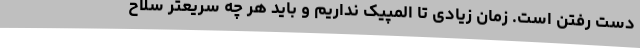
دست رفتن است. زمان زیادی تا المپیک نداریم و باید هر چه سریعتر سلاح